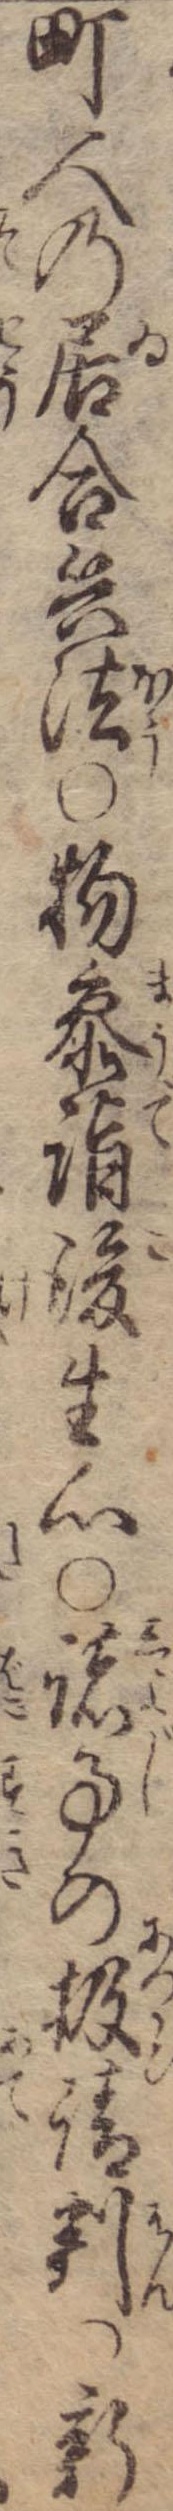
町人の居合兵法〇物参詣後生心〇諸事の扱請判〇新